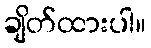
ချိတ်ထားပါ။